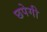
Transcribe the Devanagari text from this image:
छपेगी